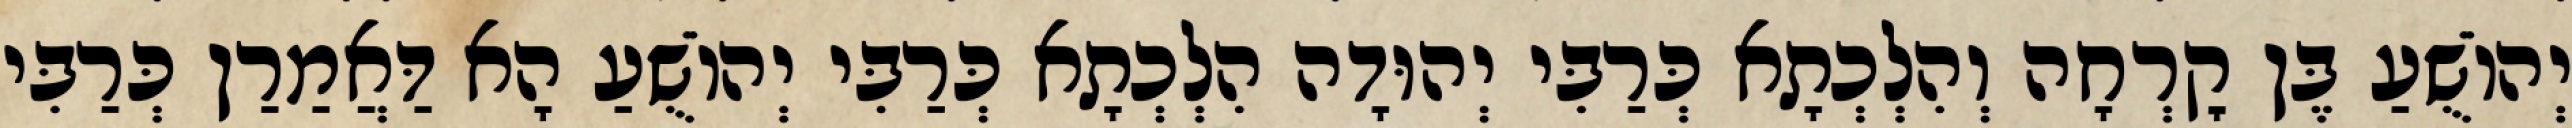
יְהוֹשֻׁעַ בֶּן קׇרְחָה וְהִלְכְתָא כְּרַבִּי יְהוּדָה הִלְכְתָא כְּרַבִּי יְהוֹשֻׁעַ הָא דַּאֲמַרַן כְּרַבִּי